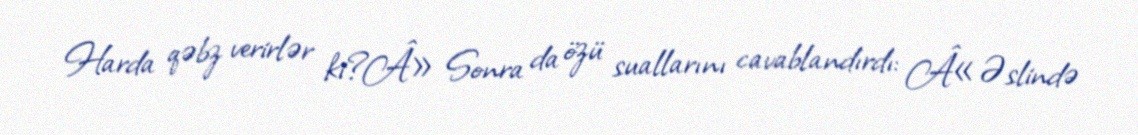
Harda qəbz verirlər ki?Â» Sonra da özü suallarını cavablandırdı: Â«Əslində